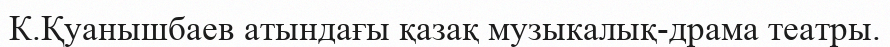
К.Қуанышбаев атындағы қазақ музыкалық-драма театры.